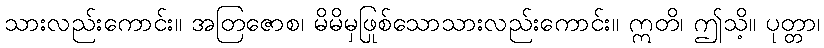
သားလည်းကောင်း။ အတြဇောစ၊ မိမိမှဖြစ်သောသားလည်းကောင်း။ ဣတိ၊ ဤသို့။ ပုတ္တာ၊